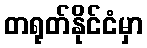
တရုတ်နိုင်ငံမှာ